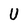
Character: U